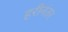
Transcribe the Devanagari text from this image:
हरीनंतर